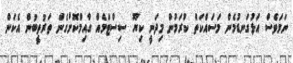
ނަމަވެސް އަޅުގަނޑުމެން މަސައްކަތް ކުރަމުން މިދަނީ ކިޔޫ ސިސްޓަމެއް ގާއިމްކޮށްގެން ތަރުތީބުން އެކަން